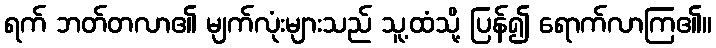
ရက် ဘတ်တလာ၏ မျက်လုံးများသည် သူ့ထံသို့ ပြန်၍ ရောက်လာကြ၏။